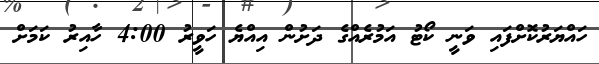
ހައްޔަރުކޮށްފައި ވަނީ ކޯޓު އަމުރެއްގެ ދަށުން އިއްޔެ ހަވީރު 4:00 ހާއިރު ކަމަށް